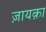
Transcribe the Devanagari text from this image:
ज़ायक़ा